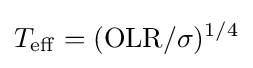
T_{\mathrm {eff} }=(\mathrm {OLR} /\sigma )^{1/4}